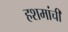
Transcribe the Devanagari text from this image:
हशमांची